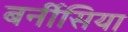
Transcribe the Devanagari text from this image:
बर्नीसिया